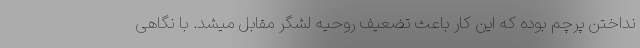
نداختن پرچم بوده که این کار باعث تضعیف روحیه لشگر مقابل میشد. با نگاهی